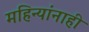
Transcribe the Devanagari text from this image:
महिन्यांनाही